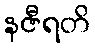
နဇီရတိ